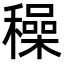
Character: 䆆